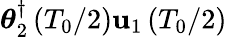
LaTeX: \boldsymbol{\theta}_{2}^{\dagger}\left(T_{0}/2\right)\mathbf{u}_{1}\left(T_{0}/2\right)